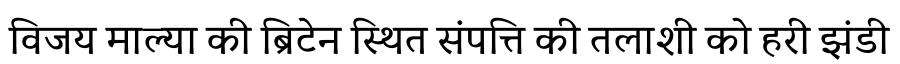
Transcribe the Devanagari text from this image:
विजय माल्या की ब्रिटेन स्थित संपत्ति की तलाशी को हरी झंडी